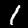
Label: 1